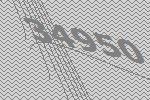
34950